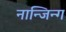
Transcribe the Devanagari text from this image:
नान्जिन्ग